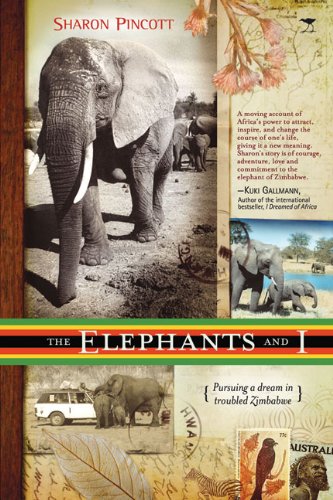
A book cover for The Elephants and I: Pursuing a Dream In Troubled Zimbabwe; Sharon Pincott; Travel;